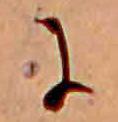
に